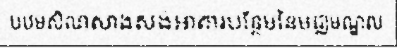
បឋមសិលាសាងសង់អាគារបន្ថែមនៃមជ្ឈមណ្ឌល